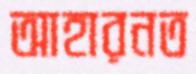
আহারনত